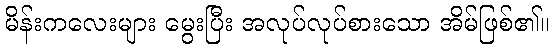
မိန်းကလေးများ မွေးပြီး အလုပ်လုပ်စားသော အိမ်ဖြစ်၏။